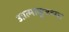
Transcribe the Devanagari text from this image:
आत्माकूडच्या